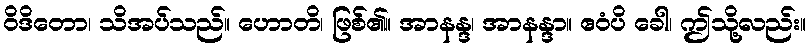
ဝိဒိတော၊ သိအပ်သည်။ ဟောတိ၊ ဖြစ်၏။ အာနန္ဒ၊ အာနန္ဒာ။ ဧဝံပိ ခေါ၊ ဤသို့လည်း။